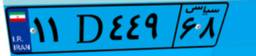
۵۱D۵۱۶۰۸